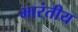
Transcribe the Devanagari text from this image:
भारंतीय